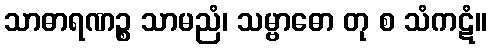
သာဓာရဏဉ္စ သာမညံ၊ သမ္ဗာဓော တု စ သံကဋံ။